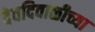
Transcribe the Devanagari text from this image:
देवदिवाळीच्या